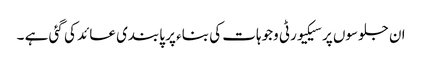
ان جلوسوں پر سیکیورٹی وجوہات کی بناء پر پابندی عائد کی گئی ہے ۔